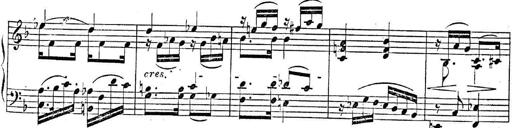
Title: 2 Sonatinas, Op.8
Composer: Hermann Goetz